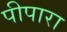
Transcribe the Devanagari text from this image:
पीपारा